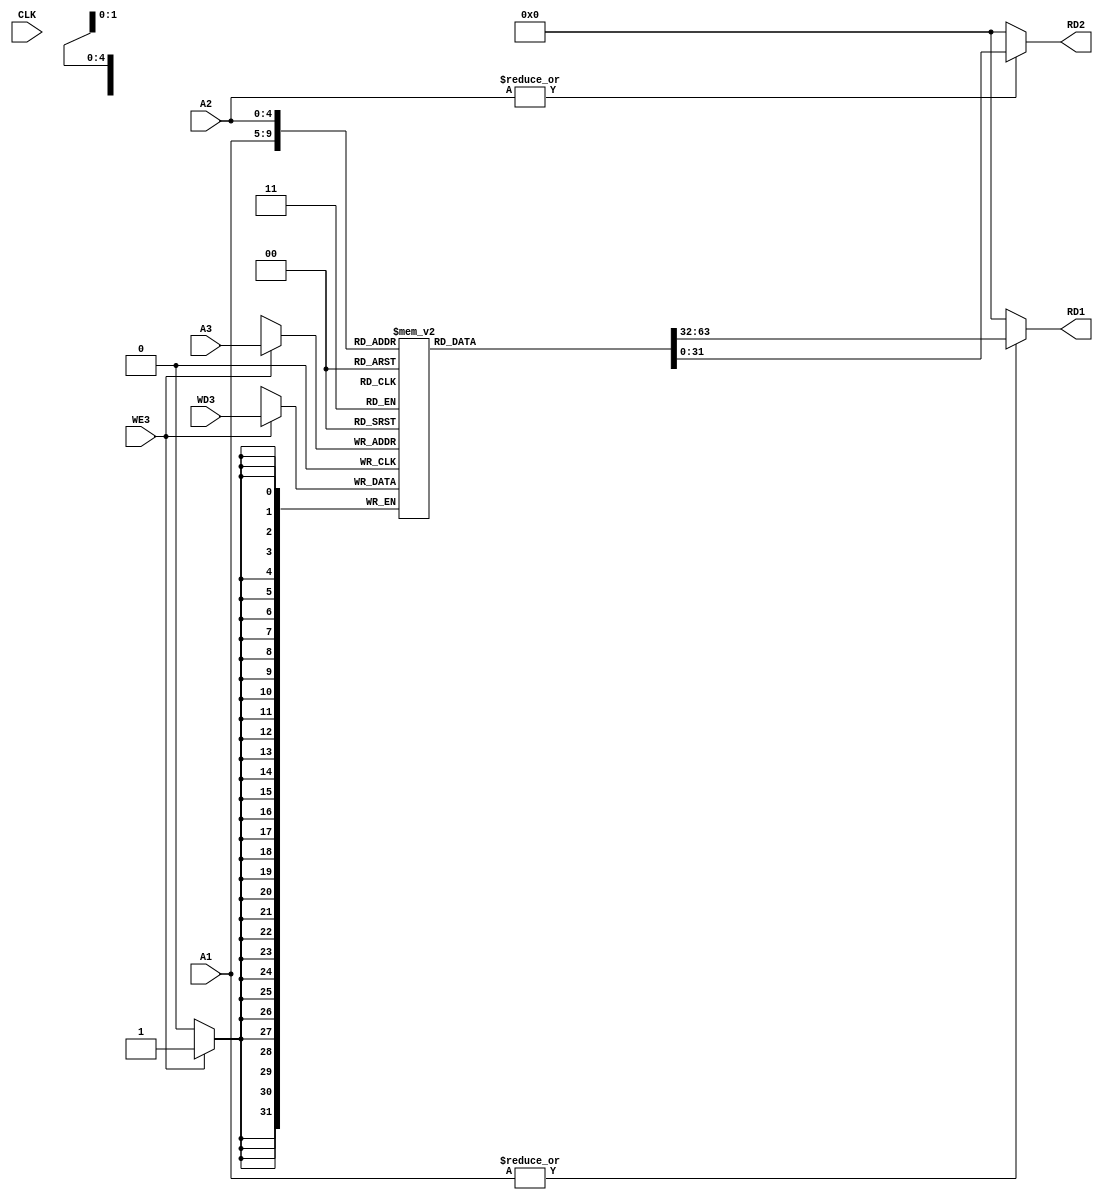
module reg_file #(
  parameter WIDTH_REG = 32
) (
  input                     CLK,
  input   [4 : 0]           A1,
  input   [4 : 0]           A2,
  input   [4 : 0]           A3,
  output  [WIDTH_REG-1 : 0] RD1,
  output  [WIDTH_REG-1 : 0] RD2,
  input   [WIDTH_REG-1 : 0] WD3,
  input                     WE3
);

  reg [WIDTH_REG-1 : 0] ram [0 : 31];

  assign RD1 = |A1 ? ram[A1] : {WIDTH_REG{1'b0}};
  assign RD2 = |A2 ? ram[A2] : {WIDTH_REG{1'b0}};

  always @ (posedge CKL)
    if (WE3) ram[A3] <= WD3;

endmodule